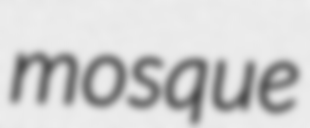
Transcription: mosque